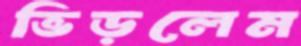
ভিড়লেম